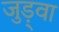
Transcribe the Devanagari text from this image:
जुड़्वा